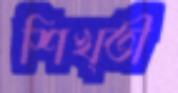
শিখ্তী